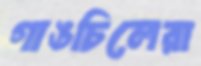
গাঙচিলেরা